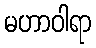
မဟာဝါရာ